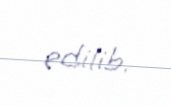
edilib.